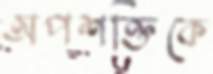
অপশক্তিকে